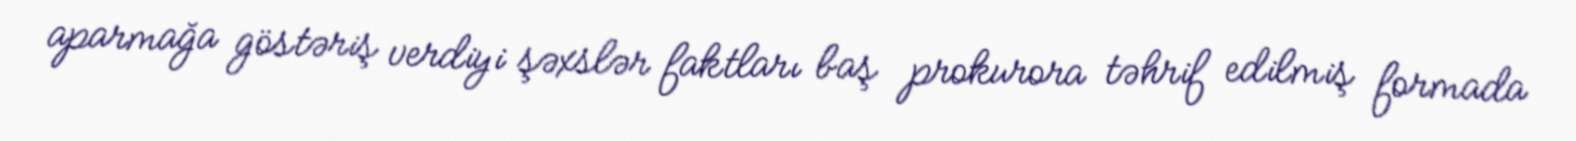
aparmağa göstəriş verdiyi şəxslər faktları baş prokurora təhrif edilmiş formada